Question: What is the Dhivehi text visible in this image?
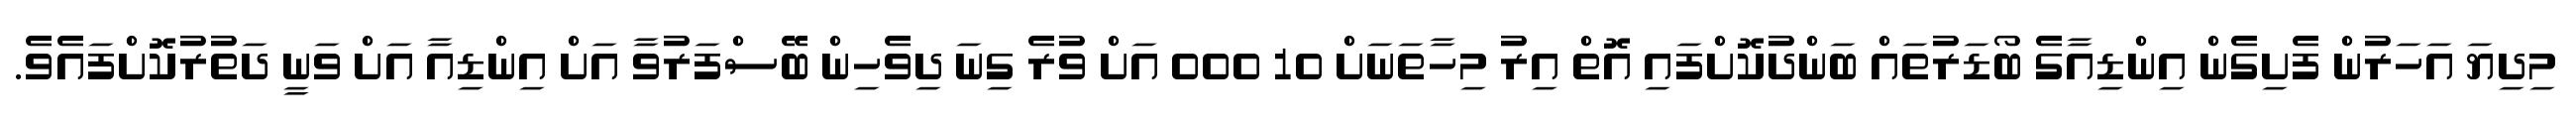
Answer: މިދިޔަ އަހަރުން ފެށިގެން އިންޑިއާގެ ބޯޑަރުތައް ބަންދުކޮށްފައި އޮތް އިރު މިހާތަނަށް 10 000 އަށް ވުރެ ގިނަ ދިވެހިން ބޭސްފަރުވާ އަށް އިންޑިއާ އަށް ވަނީ ދަތުރުކޮށްފައެވެ.